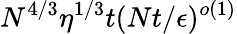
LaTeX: N^{4/3}\eta^{1/3}t(Nt/\epsilon)^{o(1)}